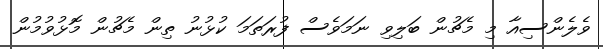
ވެލެންސިއާ މި މެޗުން ބަލިވި ނަމަވެސް ފުރަތަމަ ކުޅުނު ތިން މެޗުން މޮޅުވުމުން